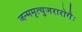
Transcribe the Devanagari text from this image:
जन्ममृत्युजरारोगैः